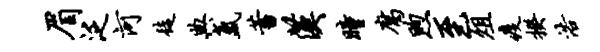
眉泛河徒典氲蓄汉瞳腐煦至俎疫揆浩